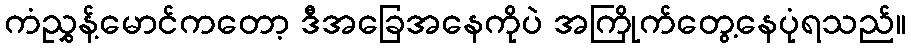
ကံညွှန့်မောင်ကတော့ ဒီအခြေအနေကိုပဲ အကြိုက်တွေ့နေပုံရသည်။